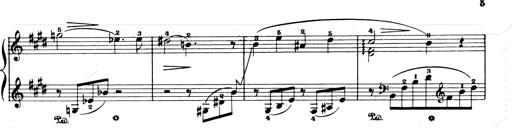
Title: Consolations and LiebestrÃ¤ume for the Piano
Composer: Franz Liszt